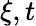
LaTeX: \xi,t